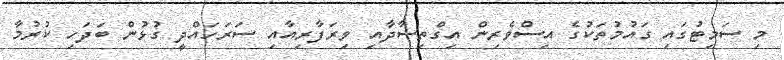
މިި ސަމިޓުގައި ގައުމުތަކުގެ އިސްވެރިން އިގްތިސާދާއި ވިރަފާރިއާއި ސަރަހައްދީ ގުޅުން ބަދަހި ކުރުމާ